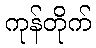
ကုန်တိုက်